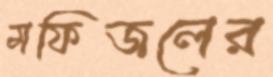
মফিজলের